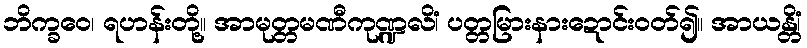
ဘိက္ခဝေ၊ ရဟန်းတို့။ အာမုတ္တမဏီကုဏ္ဍလိံ၊ ပတ္တမြားနားဍောင်းဝတ်၍။ အာယန္တိံ၊